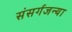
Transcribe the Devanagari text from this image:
संसर्गजन्या